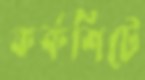
কর্কশিটে